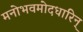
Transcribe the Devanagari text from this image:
मनोभवमोदधारिन्